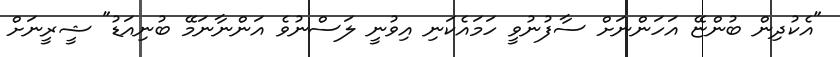
"އެކުދިން ބުންޏޭ އަހަންނަށް ސާފުނުވީ ހަމައެކަނި އިވުނީ ލަސްނުވެ އަންނާނަމޭ ބުނިއަޑު" ޝީރީނަށް